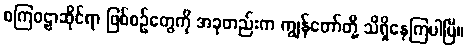
စကြဝဠာဆိုင်ရာ ဖြစ်စဉ်တွေကို အခုတည်းက ကျွန်တော်တို့ သိရှိနေကြပါပြီ။